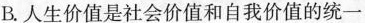
B.人生价值是社会价值和自我价值的统一